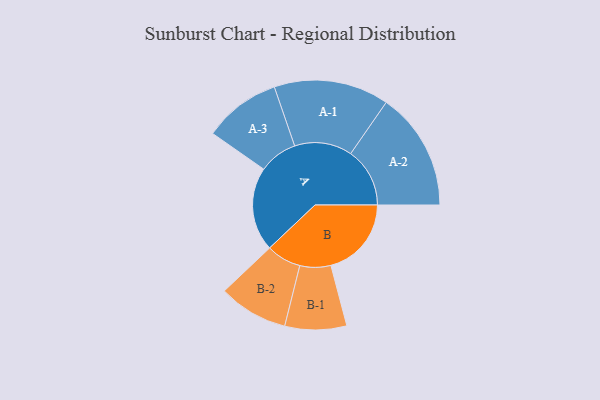
{"axis": {"x": "Segment", "y": "Value"}, "legend": ["", "A", "B"], "data": [{"x": "A", "y": 424, "type": ""}, {"x": "B", "y": 407, "type": ""}, {"x": "A-1", "y": 291, "type": "A"}, {"x": "A-2", "y": 299, "type": "A"}, {"x": "A-3", "y": 195, "type": "A"}, {"x": "B-1", "y": 156, "type": "B"}, {"x": "B-2", "y": 176, "type": "B"}]}